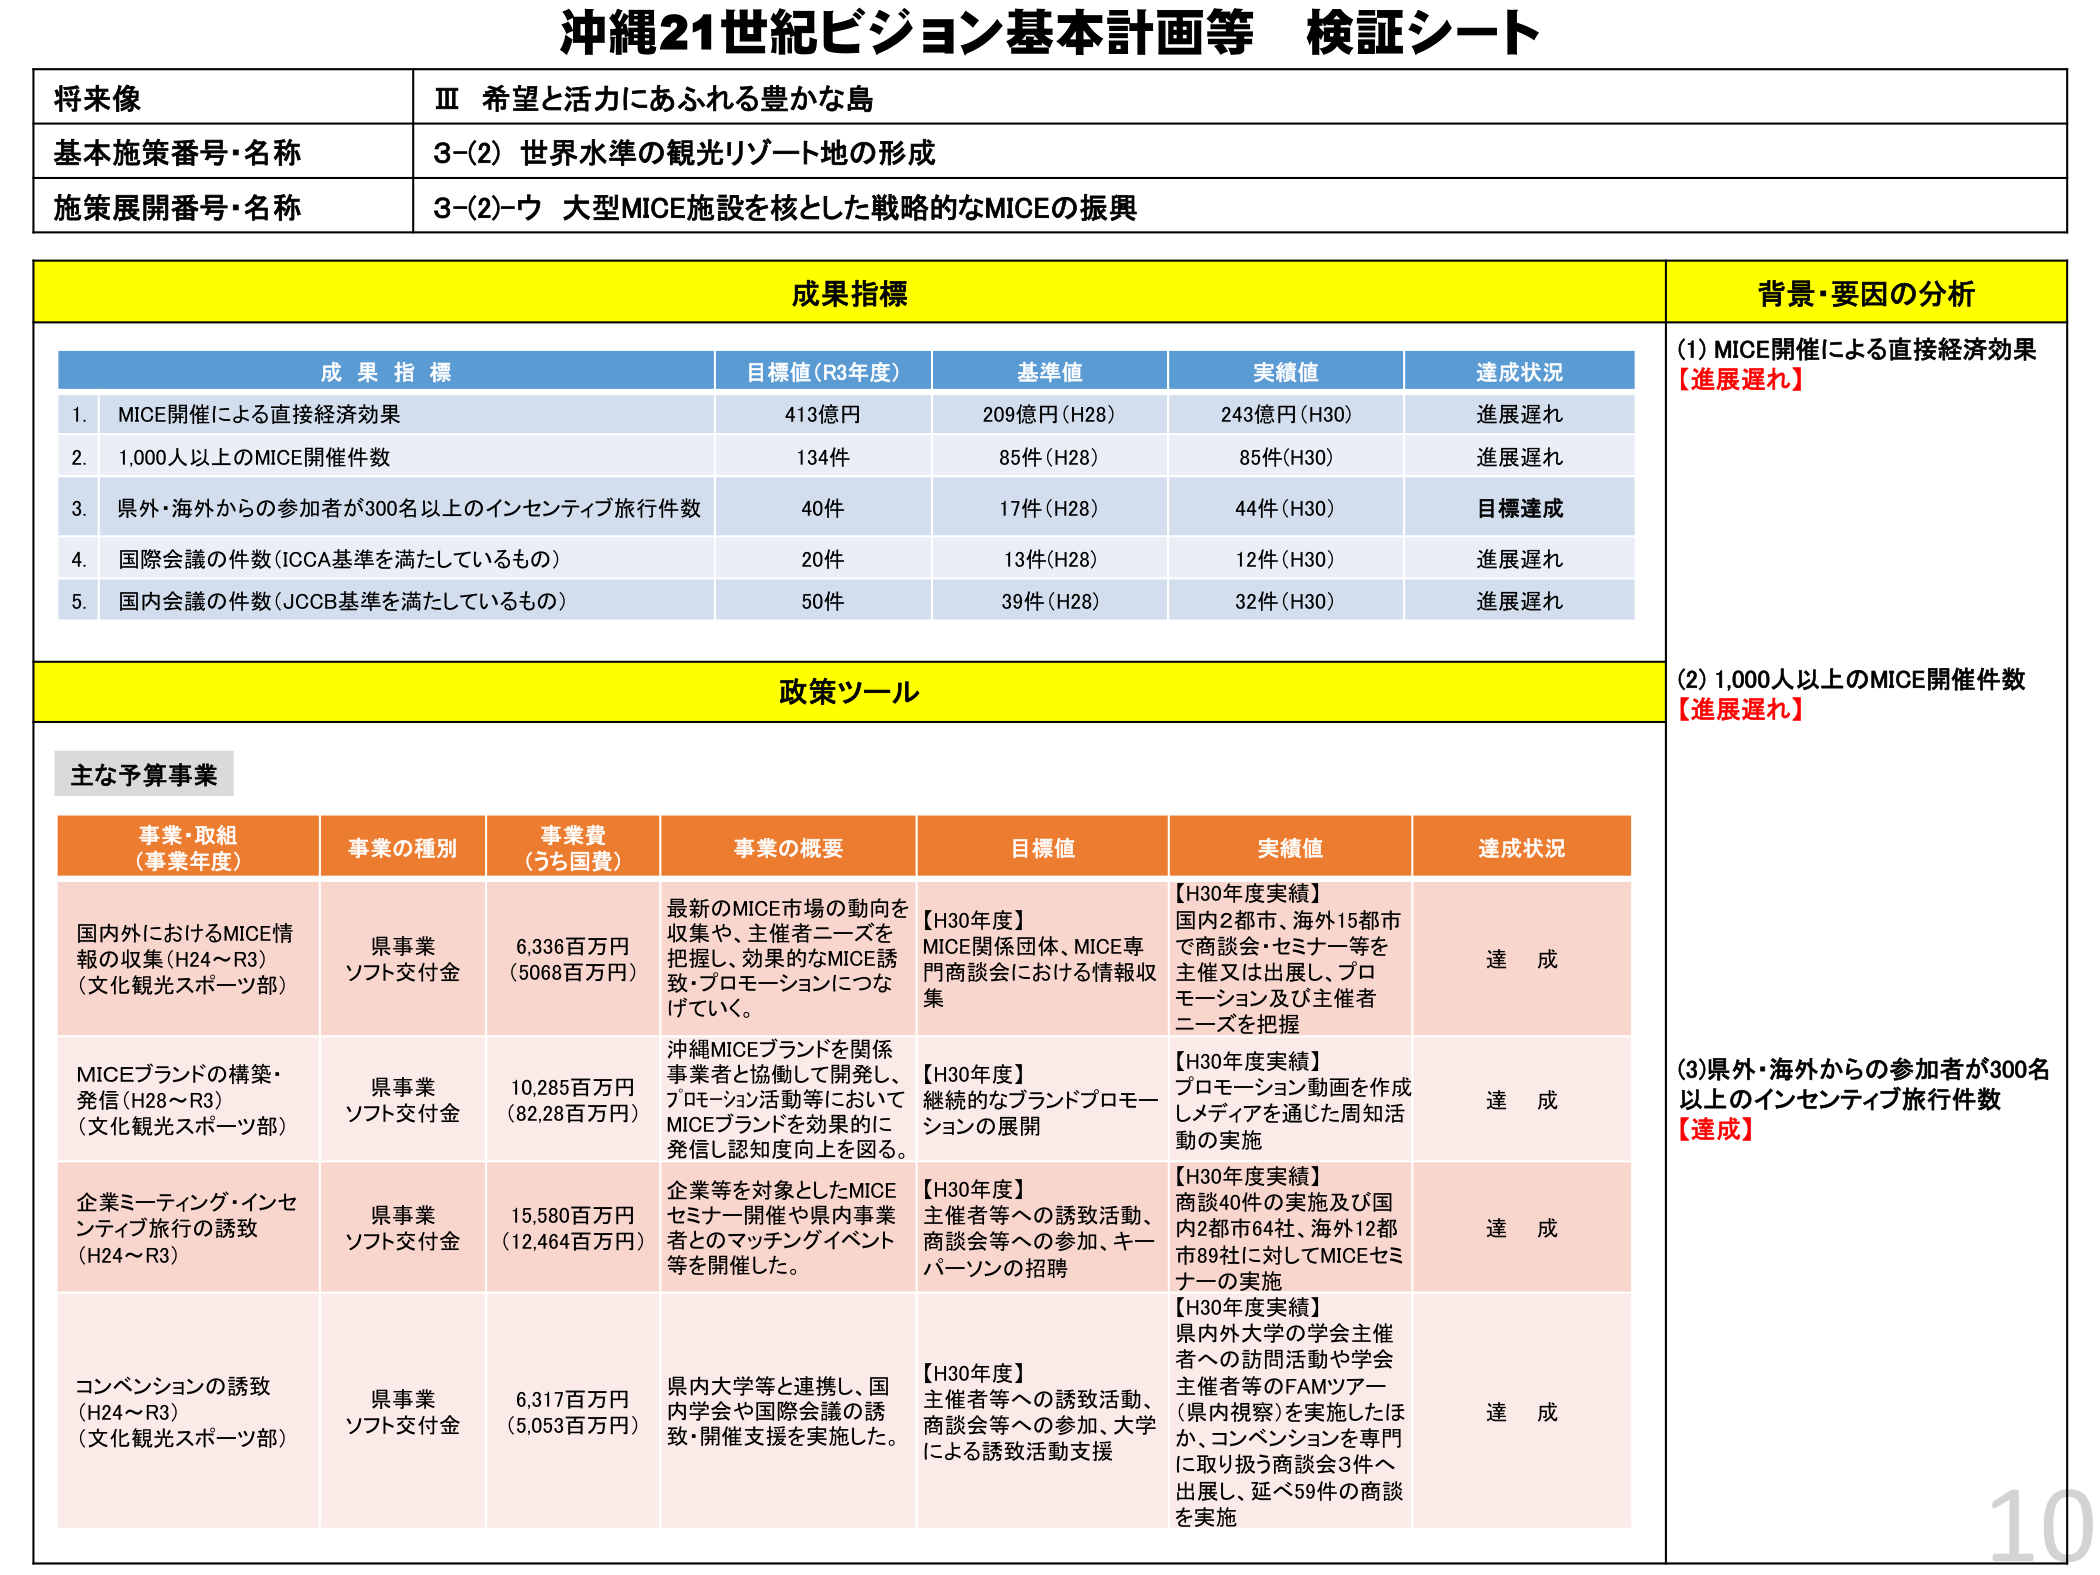
沖縄21世紀ビジョン基本計画等 検証シート

将来像
Ⅲ 希望と活力にあふれる豊かな島

基本施策番号・名称
3-(2) 世界水準の観光リゾート地の形成

施策展開番号・名称
3-(2)-ウ 大型MICE施設を核とした戦略的なMICEの振興

成果指標
背景・要因の分析

成果指標
目標値(R3年度)
基準値
実績値
達成状況

1. MICE開催による直接経済効果
413億円
209億円(H28)
243億円(H30)
進展遅れ

2. 1,000人以上のMICE開催件数
134件
85件(H28)
85件(H30)
進展遅れ

3. 県外・海外からの参加者が300名以上のインセンティブ旅行件数
40件
17件(H28)
44件(H30)
目標達成

4. 国際会議の件数(ICCA基準を満たしているもの)
20件
13件(H28)
12件(H30)
進展遅れ

5. 国内会議の件数(JCCB基準を満たしているもの)
50件
39件(H28)
32件(H30)
進展遅れ

政策ツール

主な予算事業

事業・取組
(事業年度)
事業の種別
事業費
(うち国費)
事業の概要
目標値
実績値
達成状況

国内外におけるMICE情報の収集(H24～R3)
(文化観光スポーツ部)
県事業
ソフト交付金
6,336百万円
(5068百万円)
最新のMICE市場の動向を収集や、主催者ニーズを把握し、効果的なMICE誘致・プロモーションにつなげていく。
【H30年度】
MICE関係団体、MICE専門商談会における情報収集
【H30年度実績】
国内2都市、海外15都市で商談会・セミナー等を主催又は出展し、プロモーション及び主催者ニーズを把握
達成

MICEブランドの構築・発信(H28～R3)
(文化観光スポーツ部)
県事業
ソフト交付金
10,285百万円
(82.28百万円)
沖縄MICEブランドを関係事業者と協働して開発し、プロモーション活動等においてMICEブランドを効果的に発信し認知度向上を図る。
【H30年度】
継続的なブランドプロモーションの展開
【H30年度実績】
プロモーション動画を作成しメディアを通じた周知活動の実施
達成

企業ミーティング・インセンティブ旅行の誘致
(H24～R3)
県事業
ソフト交付金
15,580百万円
(12,464百万円)
企業等を対象としたMICEセミナー開催や県内事業者とのマッチングイベント等を開催した。
【H30年度】
主催者等への誘致活動、商談会等への参加、キーパーソンの招聘
【H30年度実績】
商談40件の実施及び国内2都市64社、海外12都市89社に対してMICEセミナーの実施
達成

コンベンションの誘致
(H24～R3)
(文化観光スポーツ部)
県事業
ソフト交付金
6,317百万円
(5,053百万円)
県内大学等と連携し、国内学会や国際会議の誘致・開催支援を実施した。
【H30年度】
主催者等への誘致活動、商談会等への参加、大学による誘致活動支援
【H30年度実績】
県内外大学の学会主催者への訪問活動や学会主催者等のFAMツアー(県内視察)を実施したほか、コンベンションを専門に取り扱う商談会3件へ出展し、延べ59件の商談を実施
達成

(1) MICE開催による直接経済効果
【進展遅れ】

(2) 1,000人以上のMICE開催件数
【進展遅れ】

(3) 県外・海外からの参加者が300名以上のインセンティブ旅行件数
【達成】

10